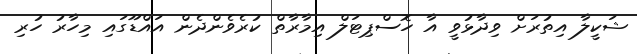
ޝަކީލާ އިތުރަށް ވިދާޅުވީ އާ ހޮސްޕިޓަލް އިމާރާތް ކުރެވެންދެން އައްޑޫގައި މިހާރު ހުރި